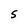
Character: S